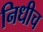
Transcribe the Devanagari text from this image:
निधीच